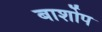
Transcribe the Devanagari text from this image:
बार्शोप